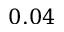
0 . 0 4